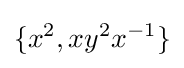
\{x^{2},xy^{2}x^{-1}\}